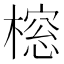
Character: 𬄔